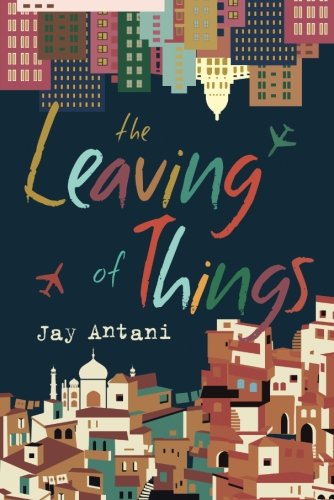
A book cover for The Leaving of Things; Jay Antani; Literature & Fiction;